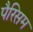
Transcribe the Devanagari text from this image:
पैरिसम